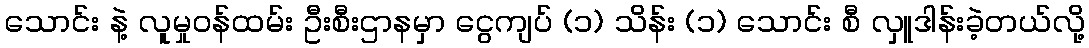
သောင်း နဲ့ လူမှုဝန်ထမ်း ဦးစီးဌာနမှာ ငွေကျပ် (၁) သိန်း (၁) သောင်း စီ လှူဒါန်းခဲ့တယ်လို့